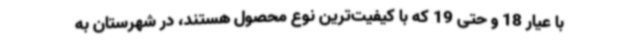
با عیار 18 و حتی 19 که با کیفیت‌ترین نوع محصول هستند، در شهرستان به